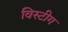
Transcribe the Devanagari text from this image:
विस्टीग